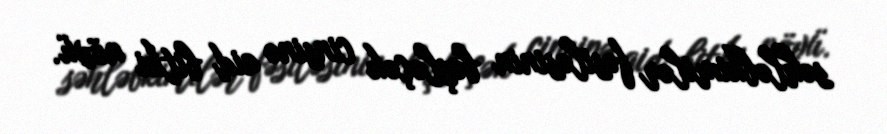
səhləbkimilər fəsiləsinin boşləçək cinsinə aid bitki növü.